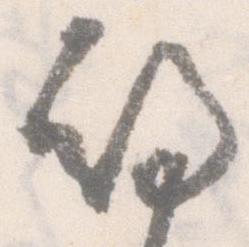
期